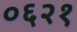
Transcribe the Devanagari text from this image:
०६२१